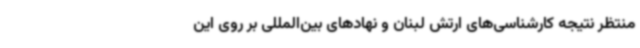
منتظر نتیجه کارشناسی‌های ارتش لبنان و نهادهای بین‌المللی بر روی این